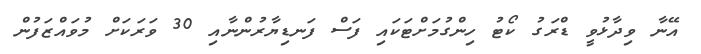
އޭނާ ވިދާޅުވީ ޑްރަގު ކޯޓު ހިންގުމަށްޓަކައި ފަސް ފަނޑިޔާރުންނާއި 30 ވަރަކަށް މުވައްޒަފުން